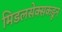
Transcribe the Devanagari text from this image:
मिडलसेक्सकडून